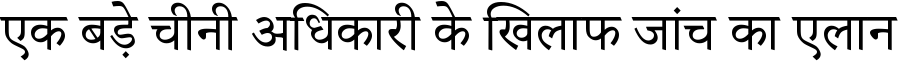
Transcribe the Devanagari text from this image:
एक बड़े चीनी अधिकारी के खिलाफ जांच का एलान